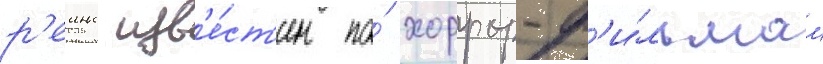
р'еинс изв'е́ст'ен по́ хоррор-ф'и́льмам